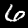
Label: 6